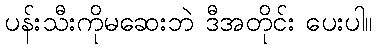
ပန်းသီးကိုမဆေးဘဲ ဒီအတိုင်း ပေးပါ။